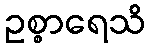
ဥစ္စာရေသိ